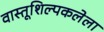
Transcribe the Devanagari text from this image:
वास्तूशिल्पकलेला